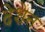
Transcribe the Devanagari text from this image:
देशेन